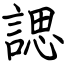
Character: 諰